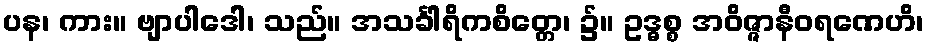
ပန၊ ကား။ ဗျာပါဒေါ၊ သည်။ အသင်္ခါရိကစိတ္တေ၊ ၌။ ဥဒ္ဓစ္စ အဝိဇ္ဇာနီဝရဏေဟိ၊